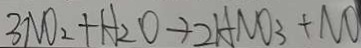
3 N O _ { 2 } + H _ { 2 } O + 2 H N O _ { 3 } + N O